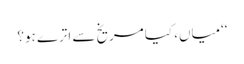
‘‘میاں، کیا مریخ سے اترے ہو؟